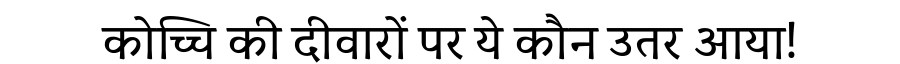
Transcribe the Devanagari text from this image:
कोच्चि की दीवारों पर ये कौन उतर आया!